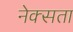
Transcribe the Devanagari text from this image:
नेक्सता